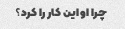
چرا او این کار را کرد؟